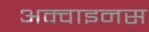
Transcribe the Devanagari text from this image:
अक्वाइनस